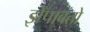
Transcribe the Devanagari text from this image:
झेपावतो